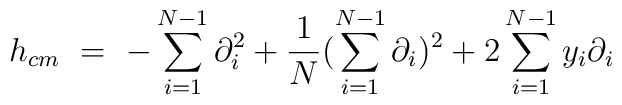
h_{cm}\ = \ -\sum_{i=1}^{N-1} \partial_i^2 + \frac{1}{N}(\sum_{i=1}^{N-1} \partial_i)^2 +2 \sum_{i=1}^{N-1} y_i \partial_i